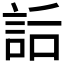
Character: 𧦶